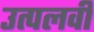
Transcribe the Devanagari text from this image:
उत्पलवी